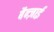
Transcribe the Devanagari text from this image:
बैन्ज़ाई